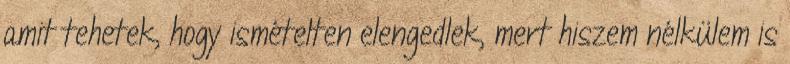
amit tehetek, hogy ismételten elengedlek, mert hiszem nélkülem is